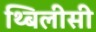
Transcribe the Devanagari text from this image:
थ्बिलीसी